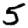
Digit: 5